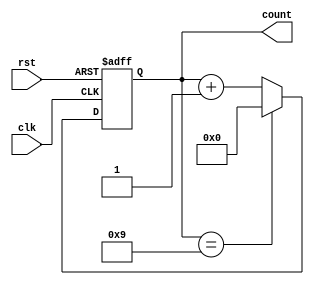
module bcd_counter (
  input wire clk,     // Clock input
  input wire rst,     // Reset input
  output reg [3:0] count    // BCD counter output
);

  always @ (posedge clk or posedge rst) begin
    if (rst) begin
      count <= 4'b0000; // Reset count value to 0
    end else begin
      if (count == 4'b1001) begin
        count <= 4'b0000; // Reset count value to 0 when it reaches 9
      end else begin
        count <= count + 1; // Increment count by 1
      end
    end
  end

endmodule